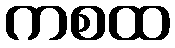
ကစထ